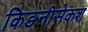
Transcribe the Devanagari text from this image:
किङनीसेकश